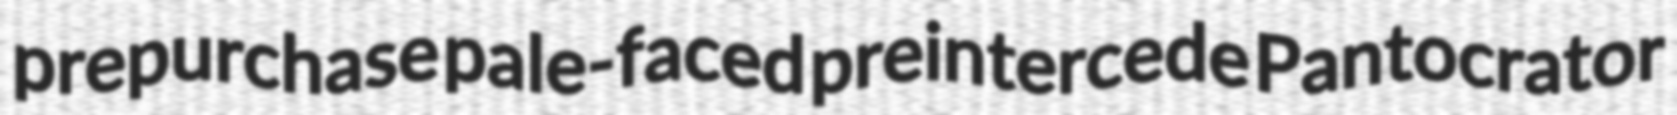
prepurchase pale-faced preintercede Pantocrator